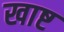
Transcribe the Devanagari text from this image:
खाष्ट